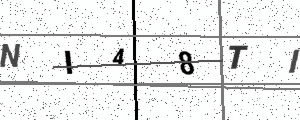
Text: NI48TI